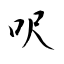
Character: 呎